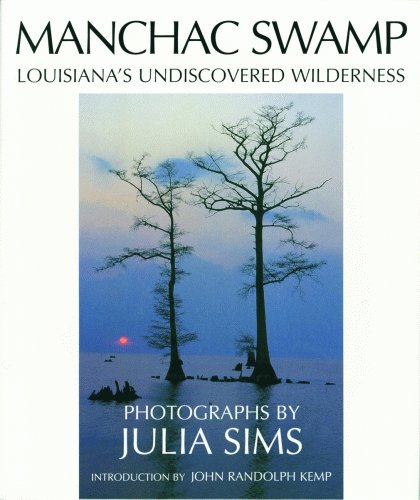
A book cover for Manchac Swamp: Louisiana's Undiscovered Wilderness; John Kemp; Travel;